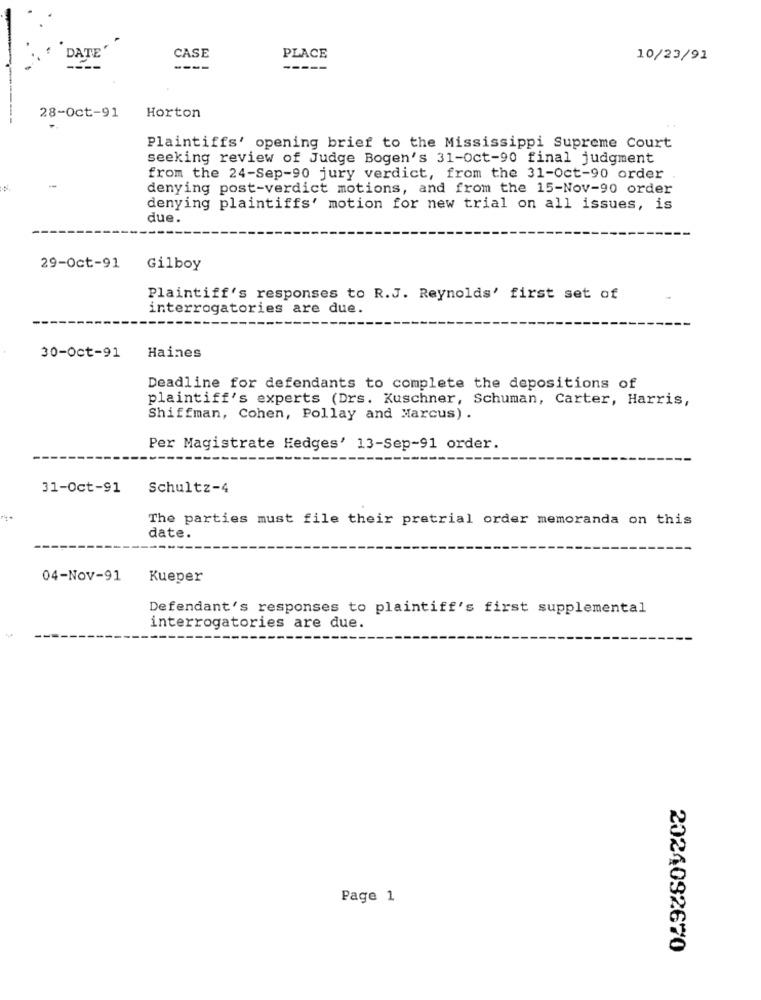
DATE'
CASE
PLACE
10/23/91
----
28-Oct-91
Horton
Plaintiffs' opening brief to the Mississippi Supreme Court
seeking review of Judge Bogen's 31-oct-90 final judgment
from the 24-Sep-90 jury verdict, from the 31-Oct-90 order
denying post-verdict motions, and from the 15-Nov-90 order
denying plaintiffs' motion for new trial on all issues, is
due.
29-Oct-91
Gilboy
Plaintiff's responses to R.J. Reynolds' first set of
interrogatories are due.
Haines
30-Oct-91
Deadline for defendants to complete the depositions of
plaintiff's experts (Drs. Kuschner, Schuman, Carter, Harris,
Shiffman, Cohen, Pollay and Marcus) .
Per Magistrate Hedges' 13-Sep-91 order.
31-Oct-91
Schultz-4
The parties must file their pretrial order memoranda on this
date.
04-Nov-91
Kueper
Defendant's responses to plaintiff's first supplemental
interrogatories are due.
Page 1
2024092670